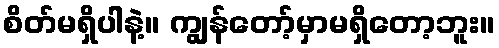
စိတ်မရှိပါနဲ့။ ကျွန်တော့်မှာမရှိတော့ဘူး။